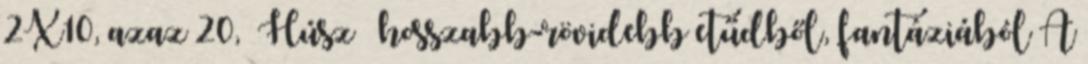
2X10, azaz 20, Húsz hosszabb-rövidebb etűdből, fantáziából A